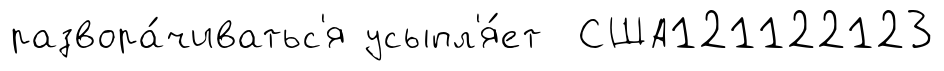
развора́чиватьс'я усыпл'я́ет США121122123